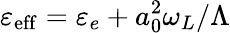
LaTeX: \varepsilon_{\mathrm{eff}}=\varepsilon_{e}+a_{0}^{2}\omega_{L}/\Lambda